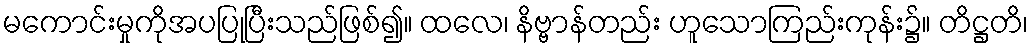
မကောင်းမှုကိုအပပြုပြီးသည်ဖြစ်၍။ ထလေ၊ နိဗ္ဗာန်တည်း ဟူသောကြည်းကုန်း၌။ တိဋ္ဌတိ၊